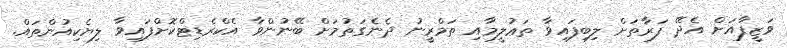
ވަޒީފާއަށް އެދޭ ފަރާތަށް ލިބިފައިވާ ތަޢުލީމާއި ތަމްރީނު ދެނެގަތުމަށް ބޭނުންވާ އެކްރެޑިޓްކޮށްފައިވާ ލިޔެކިއުންތައް.